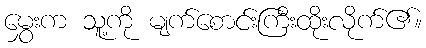
မွှေးက သူ့ကို မျက်စောင်းကြီးထိုးလိုက်၏။